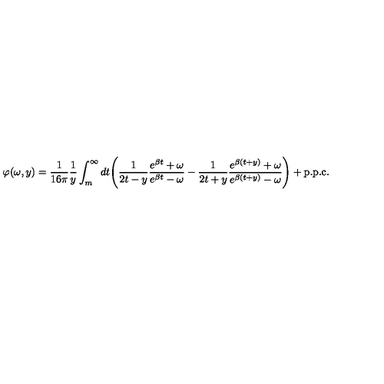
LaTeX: \varphi ( \omega , y ) = \frac { 1 } { 1 6 \pi } \frac { 1 } { y } \int _ { m } ^ { \infty } d t \Bigg ( \frac { 1 } { 2 t - y } \frac { e ^ { \beta t } + \omega } { e ^ { \beta t } - \omega } - \frac { 1 } { 2 t + y } \frac { e ^ { \beta ( t + y ) } + \omega } { e ^ { \beta ( t + y ) } - \omega } \Bigg ) + \mathrm { p . p . c . }